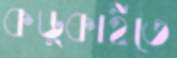
কড়্‌কাইতে